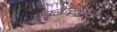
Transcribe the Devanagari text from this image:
एक्लेसिआरम